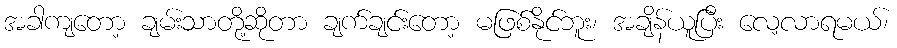
အခါကျတော့ ချမ်းသာတို့ဆိုတာ ချက်ချင်းတော့ မဖြစ်နိုင်ဘူး၊ အချိန်ယူပြီး လေ့လာရမယ်၊